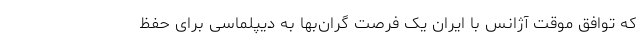
که توافق موقت آژانس با ایران یک فرصت گران‌بها به دیپلماسی برای حفظ